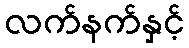
လက်နက်နှင့်